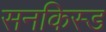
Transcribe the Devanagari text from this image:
सनकिस्ड